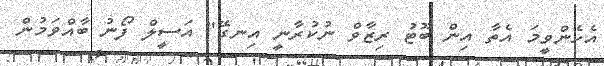
އެހެންވީމަ އެތާ އިން ބޫޓު ރިޒާވް ނުކުރާނީ އިނގޭ" އަސީލް ފޯނު ބާއްވަމުން